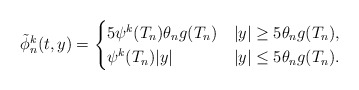
\begin{align*}\tilde{\phi}_n^k(t,y) = \begin{cases}5\psi^k(T_n) \theta_n g(T_n) & |y| \geq 5\theta_n g(T_n), \\\psi^k(T_n) |y|& |y| \leq 5\theta_n g(T_n).\end{cases}\end{align*}